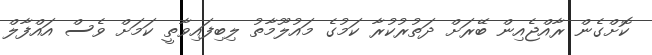
ކޮށްގެން ރާއްޖެއިން ބޭރަށް ދަތުރުކުރާ ކަމުގެ މައުލޫމާތު ލިބިފައިވާތީ ކަމަށް ވެސް އައްފާލް